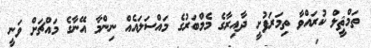
ތަމްޘީލް ކުރައްވާ ތިމަރަފުށީ ދާއިރާގެ މެމްބަރުގެ މައްސަލައެއް ނިންމާ އޭނާގެ މައްޗަށް ވަނީ